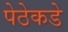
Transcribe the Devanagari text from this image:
पेठेकडे